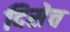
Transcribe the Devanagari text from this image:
दिसेच